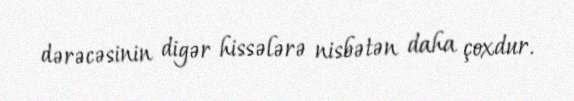
dərəcəsinin digər hissələrə nisbətən daha çoxdur.